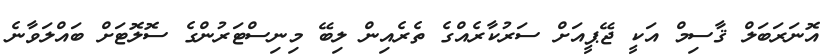
އޮނަރަބަލް ޤާސިމް އަކީ ޖޭޕީއަށް ސަަރުކާރެއްގެ ތެރެއިން ލިބޭ މިނިސްޓަރުންގެ ސޮލޮޓަށް ބައްލަވާނެ